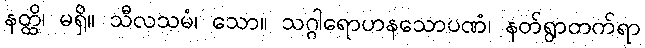
နတ္ထိ၊ မရှိ။ သီလသမံ၊ သော။ သဂ္ဂါရောဟနသောပဏံ၊ နတ်ရွာတက်ရာ